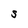
Character: S